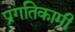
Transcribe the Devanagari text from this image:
प्रगतिकामी